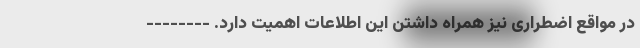
در مواقع اضطراری نیز همراه داشتن این اطلاعات اهمیت دارد. --------